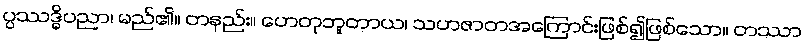
ပ္ပဿဒ္ဓိပညာ၊ မည်၏။ တနည်း။ ဟေတုဘူတာယ၊ သဟဇာတအကြောင်းဖြစ်၍ဖြစ်သော။ တဿာ